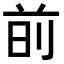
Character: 𫝐